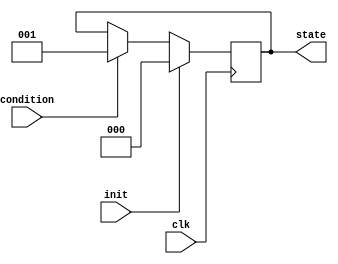
module PreConfiguredStateInitialization #(
    parameter STATE_WIDTH = 3,           // Width of the state register
    parameter INIT_STATE = 3'b000        // Pre-configured initial state
)(
    input wire clk,                       // Clock signal
    input wire init,                      // Control signal for initialization
    input wire condition,                 // Optional additional signal for conditional behavior
    output reg [STATE_WIDTH-1:0] state   // Current state output
);

// State register initialization logic
always @(posedge clk) begin
    if (init) begin
        // Initialize state to the pre-configured state
        state <= INIT_STATE;
    end else if (condition) begin
        // Optional conditional behavior can be implemented here
        // For example, set to another state based on the condition
        state <= 3'b001; // Example state, can be modified as needed
    end else begin
        // Retain the previous state
        state <= state;
    end
end

endmodule